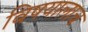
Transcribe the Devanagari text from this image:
विषयालाच